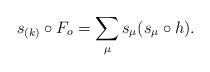
LaTeX: \begin{align*}s_{(k)} \circ F_o = \sum_{\mu} s_\mu (s_\mu \circ h).\end{align*}